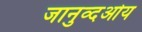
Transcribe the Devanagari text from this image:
जानुव्दओय